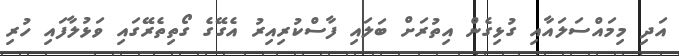
އަދި މިމައްސަލައާއި ގުޅިގެން އިތުރަށް ބަލައި ފާސްކުރިއިރު އެގޭގެ ގޯތިތެރޭގައި ވަޅުލާފައި ހުރި